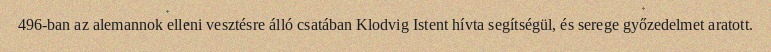
496-ban az alemannok elleni vesztésre álló csatában Klodvig Istent hívta segítségül, és serege győzedelmet aratott.